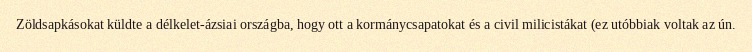
Zöldsapkásokat küldte a délkelet-ázsiai országba, hogy ott a kormánycsapatokat és a civil milicistákat (ez utóbbiak voltak az ún.